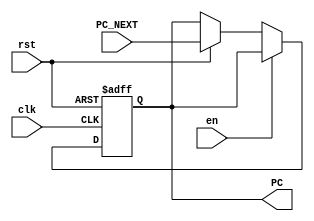
`timescale 1ns / 1ps
//////////////////////////////////////////////////////////////////////////////////
// Company: 
// Engineer: 
// 
// Design Name: 
// Module Name: PC
// Project Name: 
// Target Devices: 
// Tool Versions: 
// Description: 
// 
// Dependencies: 
// 
// Revision:
// Revision 0.01 - File Created
// Additional Comments:
// 
//////////////////////////////////////////////////////////////////////////////////


module PC_mem(PC_NEXT,clk,rst,PC,en);
input [31:0] PC_NEXT;
input clk,rst,en;
output reg [31:0] PC;

always @ (posedge clk or negedge rst)

if(rst == 1'b0)
begin
    PC <= 32'h00000000; 
end

else if (en)
begin
 PC <= PC;
 end
 
 else if(rst == 1'b1)
 begin
  PC <= PC_NEXT;
 end



endmodule